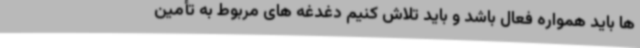
ها باید همواره فعال باشد و باید تلاش کنیم دغدغه های مربوط به تأمین